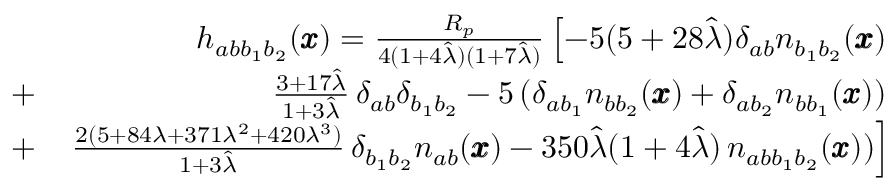
\begin{array} { r l r } & { } & { h _ { a b { b } _ { 1 } b _ { 2 } } ( { \pmb x } ) = \frac { R _ { p } } { 4 ( 1 + 4 \hat { \lambda } ) ( 1 + 7 \hat { \lambda } ) } \left[ - 5 ( 5 + 2 8 \hat { \lambda } ) \delta _ { a b } n _ { b _ { 1 } b _ { 2 } } ( { \pmb x } ) \right. } \\ & { + } & { \left. \frac { 3 + 1 7 \hat { \lambda } } { 1 + 3 \hat { \lambda } } \, \delta _ { a b } \delta _ { b _ { 1 } b _ { 2 } } - 5 \, ( \delta _ { a b _ { 1 } } n _ { b b _ { 2 } } ( { \pmb x } ) + \delta _ { a b _ { 2 } } n _ { b b _ { 1 } } ( { \pmb x } ) ) \right. } \\ & { + } & { \left. \frac { 2 ( 5 + 8 4 \lambda + 3 7 1 \lambda ^ { 2 } + 4 2 0 \lambda ^ { 3 } ) } { 1 + 3 \hat { \lambda } } \, \delta _ { b _ { 1 } b _ { 2 } } n _ { a b } ( { \pmb x } ) - 3 5 0 \hat { \lambda } ( 1 + 4 \hat { \lambda } ) \, n _ { a b b _ { 1 } b _ { 2 } } ( { \pmb x } ) ) \right] } \end{array}